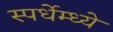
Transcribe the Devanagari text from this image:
स्पर्धेम्ध्ये